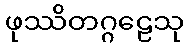
ဖုဿိတဂ္ဂဠေသု